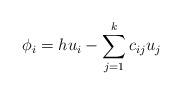
LaTeX: \begin{align*}\phi_i=hu_i - \sum_{j=1}^{k}c_{ij}u_j\end{align*}